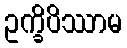
ဥက္ခိပိဿာမ